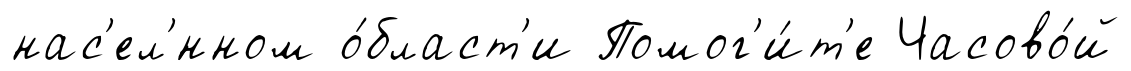
нас'ел'́нном о́бласт'и Помог'и́т'е Часово́й